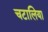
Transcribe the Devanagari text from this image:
चटालिया